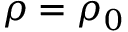
\rho = \rho _ { 0 }